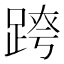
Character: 𨂍